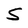
Character: S